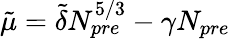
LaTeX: \tilde{\mu}=\tilde{\delta}N_{pre}^{5/3}-\gamma N_{pre}